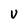
Character: U